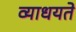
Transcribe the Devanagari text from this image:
व्याधयते